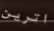
اترين